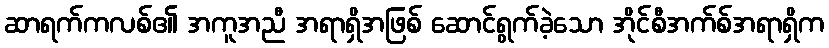
ဆာရက်ကလစ်၏ အကူအညီ အရာရှိအဖြစ် ဆောင်ရွက်ခဲ့သော အိုင်စီအက်စ်အရာရှိက